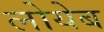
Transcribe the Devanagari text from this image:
लोयेब